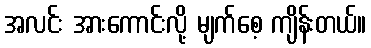
အလင်း အားကောင်းလို့ မျက်စေ့ ကျိန်းတယ်။